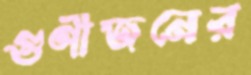
গুণীজনের